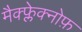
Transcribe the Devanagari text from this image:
मैक्फ्लेक्नोफ़